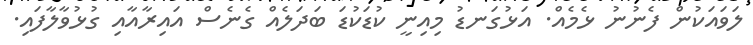
ލަވައަކުން ފެނުނު ޅެމެއް. އަޅުގަނޑު މިއިނީ ކުޑަކުޑަ ބަދަލެއް ގެނެސް އައިރާއާއި ގުޅުވާލާފައި.